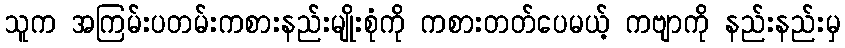
သူက အကြမ်းပတမ်းကစားနည်းမျိုးစုံကို ကစားတတ်ပေမယ့် ကဗျာကို နည်းနည်းမှ